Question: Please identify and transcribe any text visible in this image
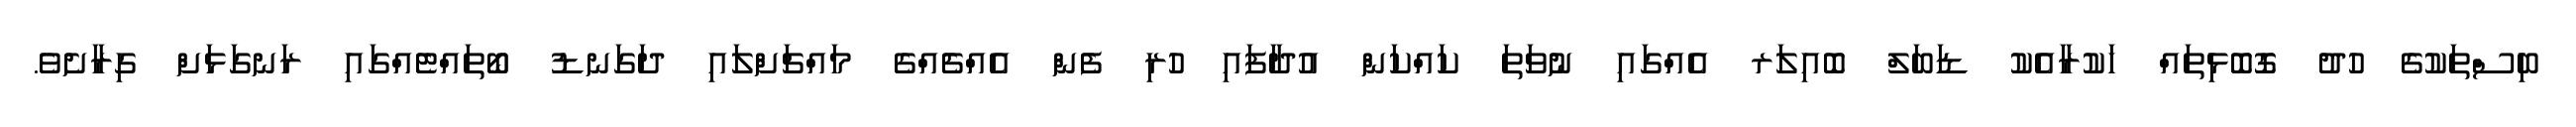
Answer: ބިސްތަކުގެ ހުދު ގޮބޮޅިތައް ހަކުރާއެކު ޑަބަލް ބޮއިލަރ އެއްގައި ނުވަތަ ކައްކަން އުދާފައި ހުރި ފެން އެއްޗެއްގެ މައްޗަށްލައި ދަގަނޑު ބޯތައްޓެއްގައި ރަނގަޅަށް ގިރާށެވެ.